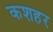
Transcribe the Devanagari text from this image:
कशहर